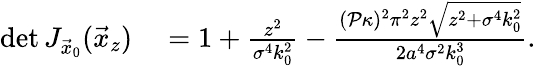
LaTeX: \begin{array}{rl}{\operatorname*{det}J_{\vec{x}_{0}}(\vec{x}_{z})}&{{}=1+\frac{z^{2}}{\sigma^{4}k_{0}^{2}}-\frac{(\mathcal{P}\kappa)^{2}\pi^{2}z^{2}\sqrt{z^{2}+\sigma^{4}k_{0}^{2}}}{2a^{4}\sigma^{2}k_{0}^{3}}.}\end{array}